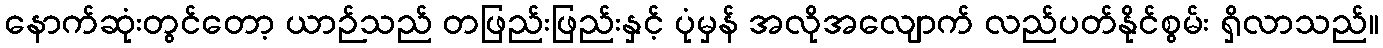
နောက်ဆုံးတွင်တော့ ယာဉ်သည် တဖြည်းဖြည်းနှင့် ပုံမှန် အလိုအလျောက် လည်ပတ်နိုင်စွမ်း ရှိလာသည်။